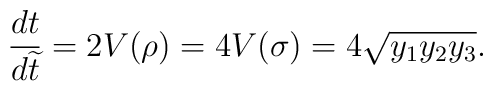
\frac{dt}{d\widetilde{t}} = 2 V(\rho) = 4 V(\sigma) = 4\sqrt{y_1y_2y_3}.